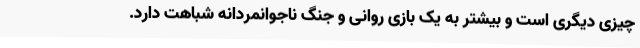
چیزی دیگری است و بیشتر به یک بازی روانی و جنگ ناجوانمردانه شباهت دارد.